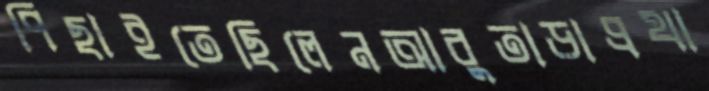
পিছাইতেছিলেনআবুতাড়াপ্রথা